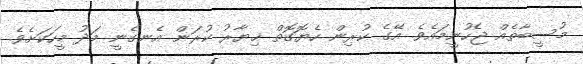
މުސީބާތެއް ޖެހުނީމައެވެ. އޭގެ ކުރިން ހެޔޮގޮތް ޚިޔާރު ކުރަން އެނގެނީ މަދު މީހަކަށެވެ.